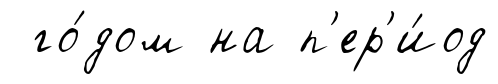
го́дом на п'ер'и́од